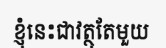
ខ្ញុំនេះជាវត្ថុតែមួយ